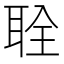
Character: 𫆂